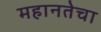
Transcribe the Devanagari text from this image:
महानतेचा